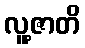
လူ့ဇာတိ